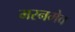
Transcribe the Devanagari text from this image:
मरनमेव